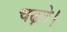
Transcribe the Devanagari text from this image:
चढ़ते।